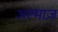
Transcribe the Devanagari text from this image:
अल्माज़